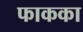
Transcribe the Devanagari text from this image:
फाकका